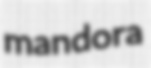
mandora